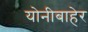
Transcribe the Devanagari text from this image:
योनीबाहेर